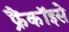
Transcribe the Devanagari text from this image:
फ्रैंकॉइसे